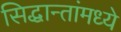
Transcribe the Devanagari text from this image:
सिद्धान्तांमध्ये